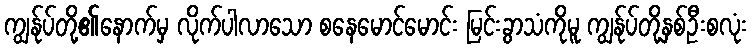
ကျွန်ုပ်တို့၏နောက်မှ လိုက်ပါလာသော စနေမောင်မောင်း မြင်းခွာသံကိုမူ ကျွန်ုပ်တို့နှစ်ဦးစလုံး